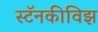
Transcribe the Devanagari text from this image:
स्टॅनकीविझ